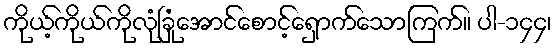
ကိုယ့်ကိုယ်ကိုလုံခြုံအောင်စောင့်ရှောက်သောကြက်။ ပါ-၁၄၄၊